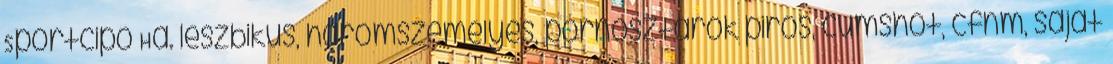
Sportcipő Ha. leszbikus, háromszemélyes, pornósztárok piros, cumshot, cfnm, saját